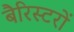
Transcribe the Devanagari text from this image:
बैरिस्टरों